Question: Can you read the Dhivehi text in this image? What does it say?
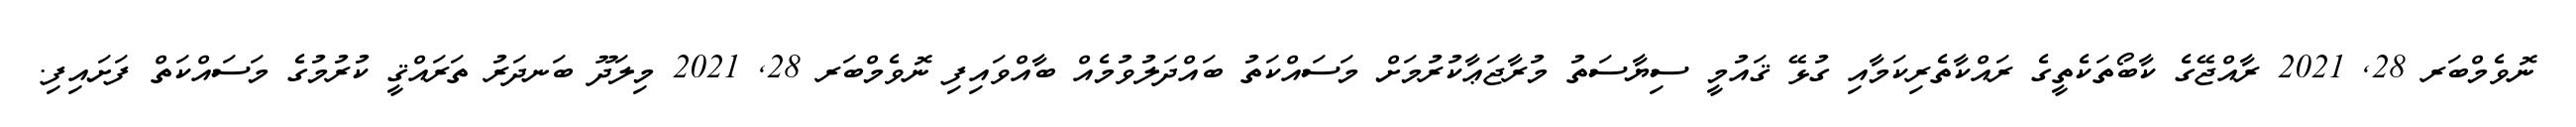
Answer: ނޮވެމްބަރ 28, 2021 ރާއްޖޭގެ ކާބޯތަކެތީގެ ރައްކާތެރިކަމާއި ގުޅޭ ޤައުމީ ސިޔާސަތު މުރާޖަޢާކުރުމަށް މަސައްކަތު ބައްދަލުވުމެއް ބާއްވައިފި ނޮވެމްބަރ 28, 2021 މިލަދޫ ބަނދަރު ތަރައްޤީ ކުރުމުގެ މަސައްކަތް ފަށައިފި.